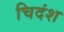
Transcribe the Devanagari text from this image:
चिदंश